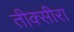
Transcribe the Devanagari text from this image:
तीक्सीरा